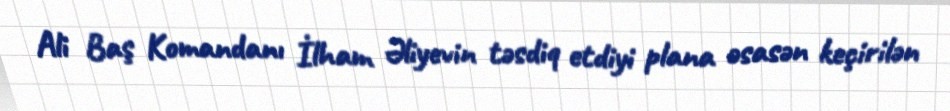
Ali Baş Komandanı İlham Əliyevin təsdiq etdiyi plana əsasən keçirilən